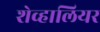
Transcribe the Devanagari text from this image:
शेव्हालियर